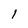
Character: l